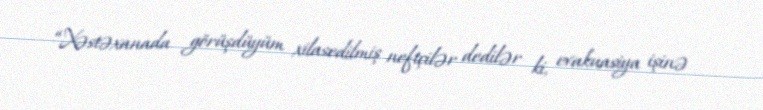
“Xəstəxanada görüşdüyüm xilasedilmiş neftçilər dedilər ki, evakuasiya işinə